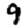
Digit: 9